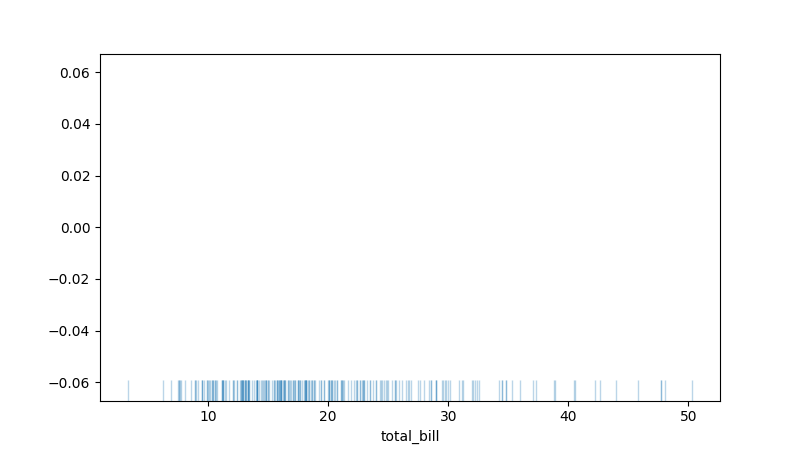
python, seaborn, rugplot, height=0.06, axis='x', alpha=0.3